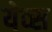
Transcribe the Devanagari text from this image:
येव्स